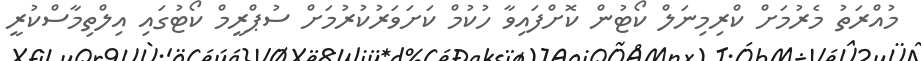
މުއްރަތު މެރުމަށް ކްރިމިނަލް ކޯޓުން ކޮށްފައިވާ ހުކުމް ކަށަވަރުކުރުމަށް ސުޕްރީމް ކޯޓުގައި އިލްތިމާސްކުރީ